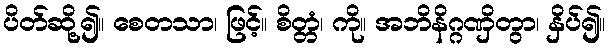
ပိတ်ဆို့၍။ စေတသာ၊ ဖြင့်။ စိတ္တံ၊ ကို။ အဘိနိဂ္ဂဏှိတွာ၊ နှိပ်၍။